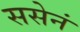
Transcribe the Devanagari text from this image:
ससेनं